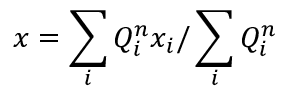
x = \sum _ { i } Q _ { i } ^ { n } x _ { i } / \sum _ { i } Q _ { i } ^ { n }